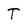
Character: T